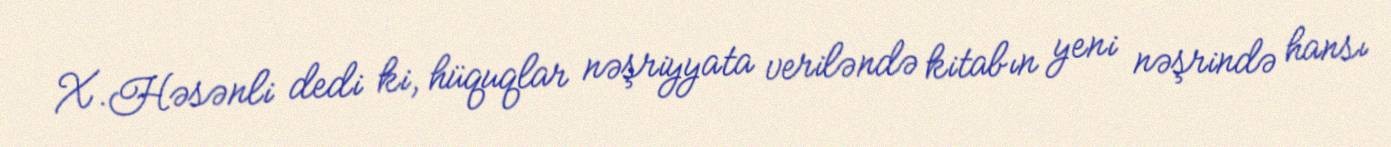
X.Həsənli dedi ki, hüquqlar nəşriyyata veriləndə kitabın yeni nəşrində hansı